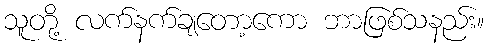
သူတို့ လက်နက်ချတော့ကော ဘာဖြစ်သနည်း။